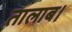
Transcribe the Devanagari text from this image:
तालाब।